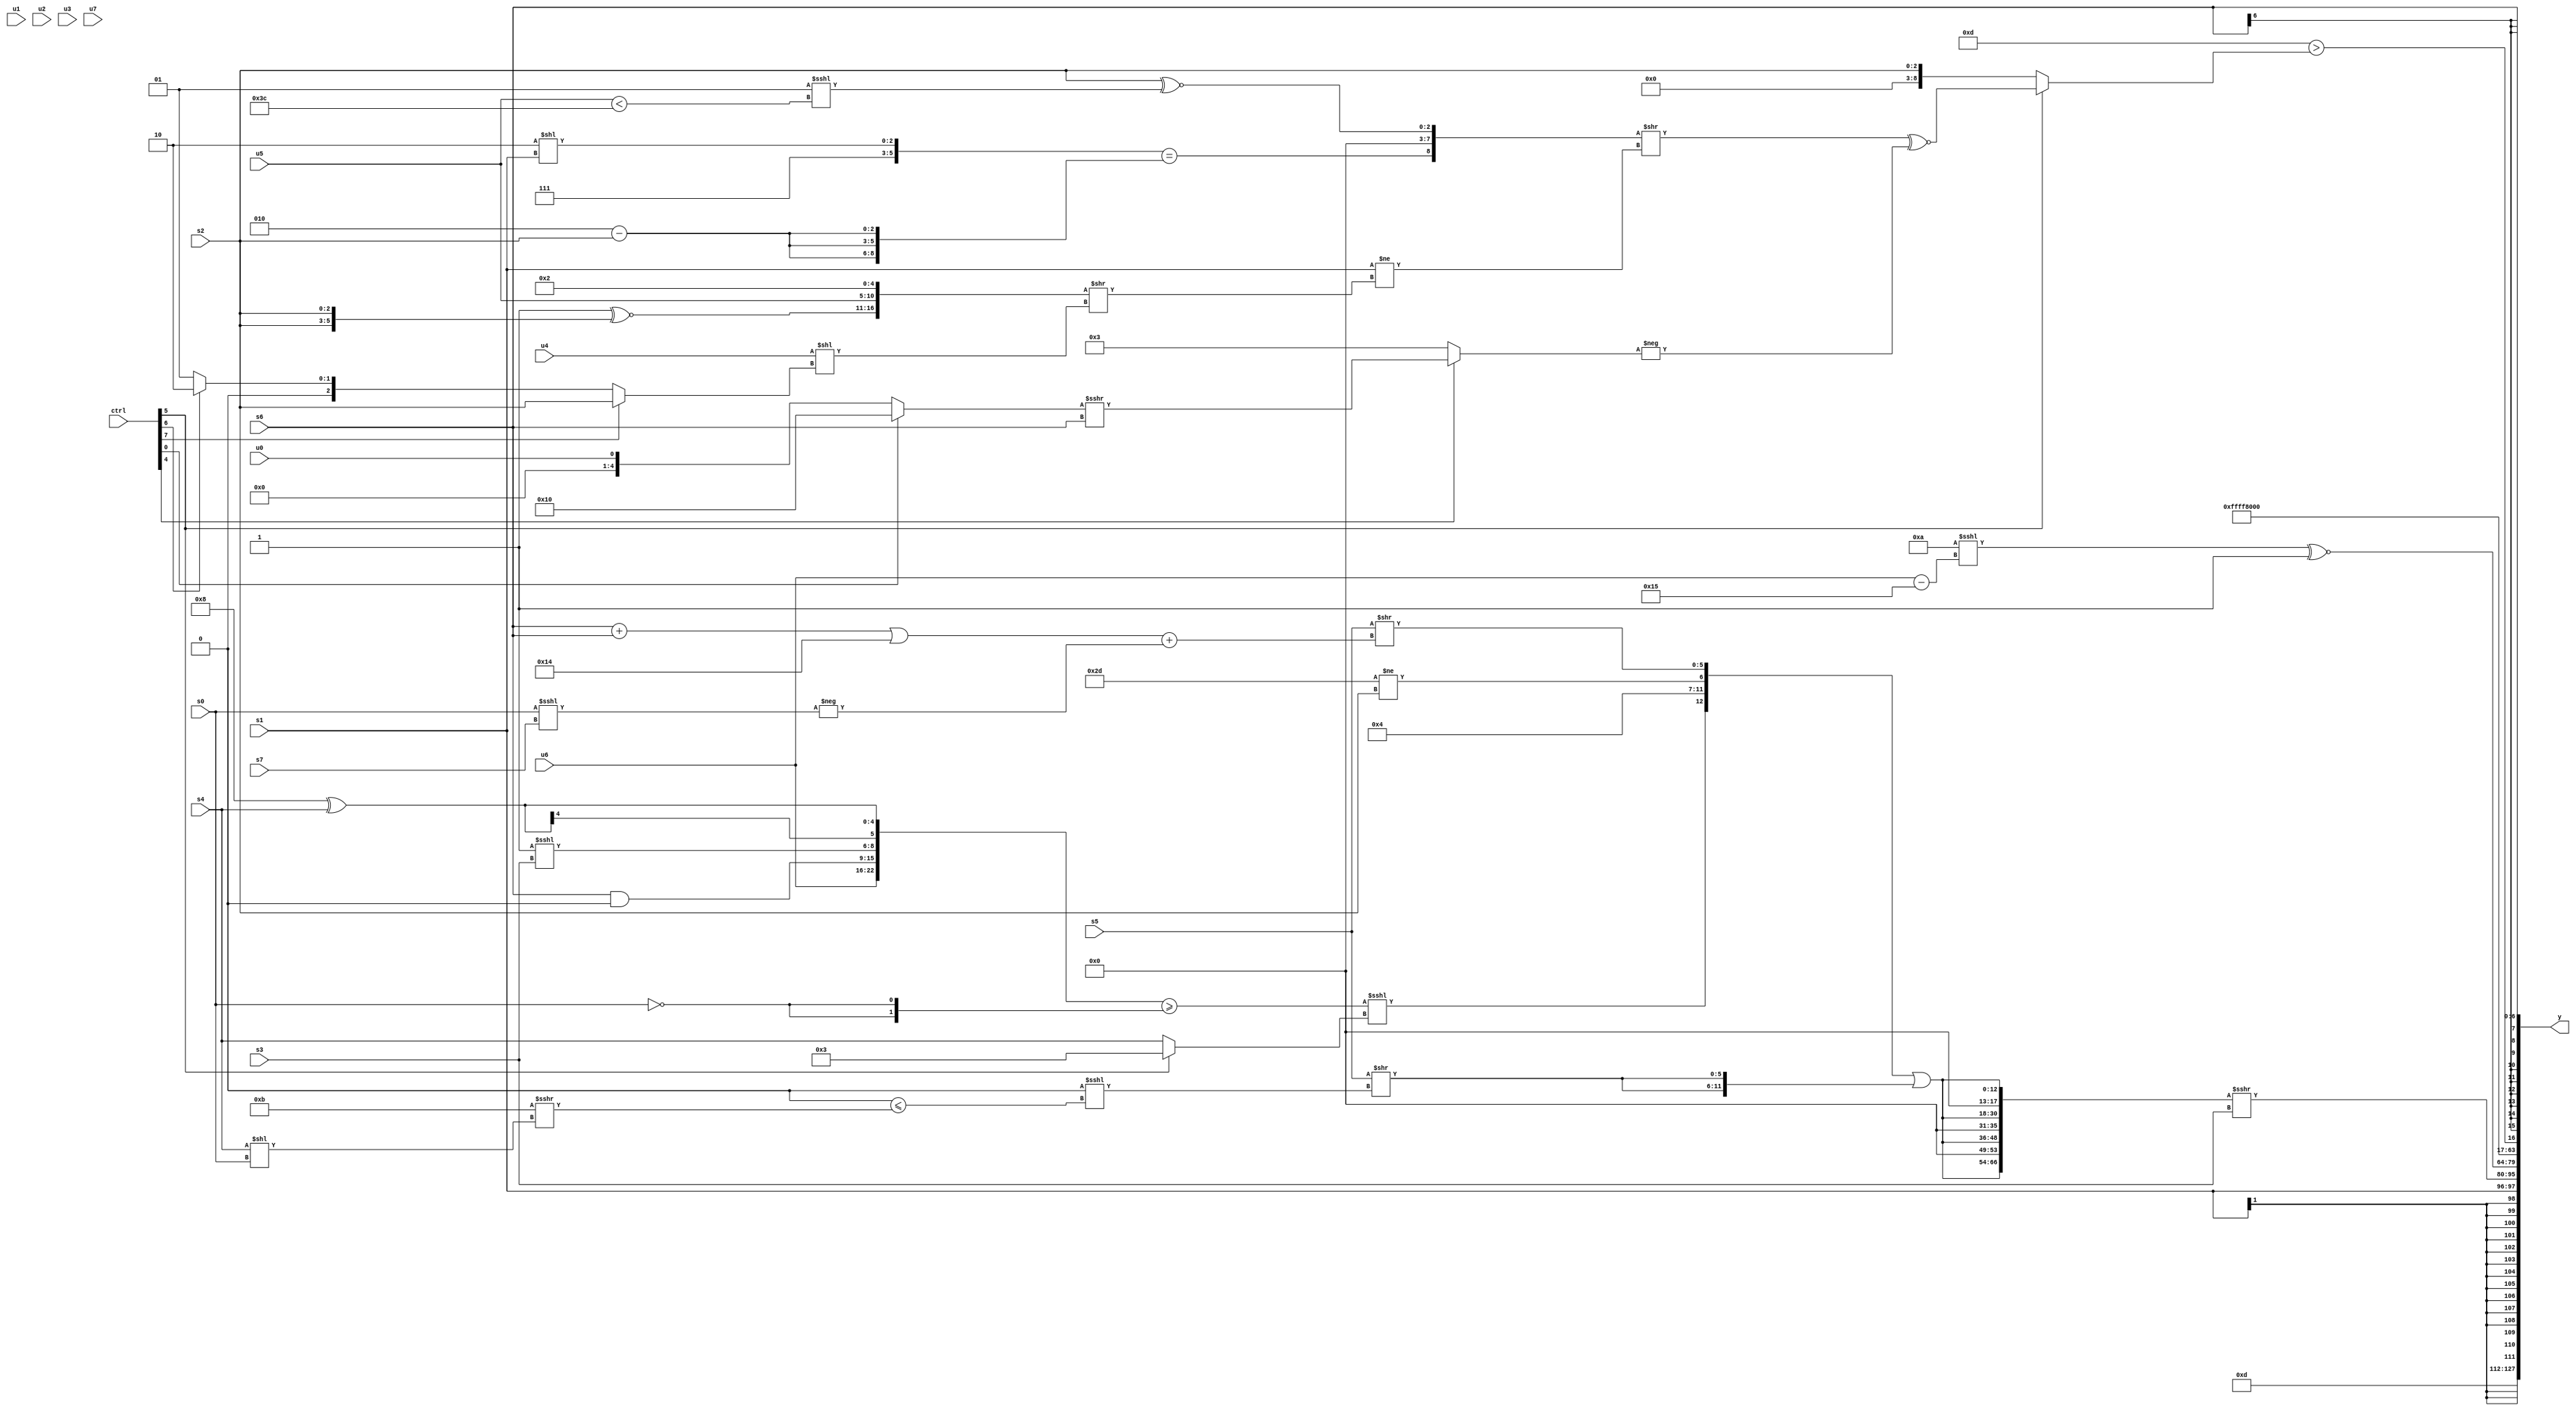
module wideexpr_00313(ctrl, u0, u1, u2, u3, u4, u5, u6, u7, s0, s1, s2, s3, s4, s5, s6, s7, y);
  input [7:0] ctrl;
  input [0:0] u0;
  input [1:0] u1;
  input [2:0] u2;
  input [3:0] u3;
  input [4:0] u4;
  input [5:0] u5;
  input [6:0] u6;
  input [7:0] u7;
  input signed [0:0] s0;
  input signed [1:0] s1;
  input signed [2:0] s2;
  input signed [3:0] s3;
  input signed [4:0] s4;
  input signed [5:0] s5;
  input signed [6:0] s6;
  input signed [7:0] s7;
  output [127:0] y;
  wire [15:0] y0;
  wire [15:0] y1;
  wire [15:0] y2;
  wire [15:0] y3;
  wire [15:0] y4;
  wire [15:0] y5;
  wire [15:0] y6;
  wire [15:0] y7;
  assign y = {y0,y1,y2,y3,y4,y5,y6,y7};
  assign y0 = $signed(5'sb01101);
  assign y1 = s1;
  assign y2 = ({4{({$signed($signed((u4)>>>(6'sb001110))),{(({$signed(u6),(s6)&(2'sb00),(3'sb111)<<<(s3),(6'sb001000)^(s4)})>=({2{~&(s0)}}))<<<($signed($signed((ctrl[5]?6'b000011:s4)))),(4'sb1010)^(5'b01110),(+(6'sb101101))!=(s2)},+((s5)>>((((s6)+(s6))|(6'sb110100))+(-((s0)<<<(s7)))))})|({2{(s5)>>(((4'sb1100)<<<(4'b0010))<<<((3'b000)<=(({1{5'sb01011}})>>>((s4)<<(s0)))))}})}})>>>(s3);
  assign y3 = ((4'sb1010)<<<({1{($signed({1{u6}}))-(6'sb110101)}}))^~(1'sb1);
  assign y4 = (1'sb0)>=($signed(1'sb1));
  assign y5 = 4'sb1111;
  assign y6 = ($signed((5'b10010)^~($unsigned($signed(^(3'b110))))))>((ctrl[5]?((+({({$signed(5'sb00111),(3'b010)<<(s1)})==({3{(3'sb010)-(s2)}}),+((ctrl[2]?(5'sb11101)<<<(5'b10001):+(2'sb00))),(s2)^~(($signed(2'sb01))<<<((u5)<(6'sb111100)))}))>>((s1)!=(({((2'sb01)!=(3'sb100))^~({s2,s2}),u5,5'b00010})>>((u4)<<((ctrl[7]?s2:(ctrl[6]?3'sb010:3'sb001)))))))^~(-((ctrl[4]?({(ctrl[0]?+(5'b10000):$signed(u0))})>>>(s6):2'b11))):s2));
  assign y7 = s6;
endmodule